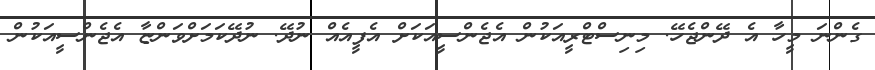
ގެންނަ މީހާ އެ ދޭންޖެހޭ. މިނިސްޓްރީއަކުން އެޖެންސީއަކަށް އެފީއެއް ނުދޭ. ނުދޭކަމަށްވަންޏާ އެޖެންްސީއަކުން